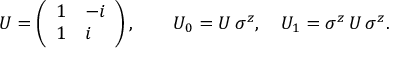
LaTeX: U = \left( \begin{array} { l l } { { 1 } } & { { - i } } \\ { { 1 } } & { { i } } \end{array} \right) , \qquad U _ { 0 } = U \, \sigma ^ { z } , \quad U _ { 1 } = \sigma ^ { z } \, U \, \sigma ^ { z } .